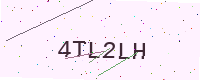
Text: 4TL2LH